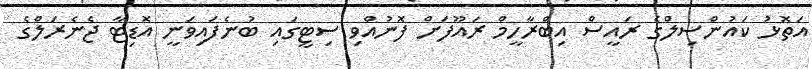
އަތޮޅު ކައުންސިލްގެ ރައީސް އިބްރާހީމް ރައޫފަށް ފޮނުއްވި ސިޓީގައި ބުނެފައިވަނީ އޮޑިޓާ ޖެނެރަލްގެ